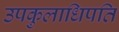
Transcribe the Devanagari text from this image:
उपकुलाधिपति